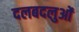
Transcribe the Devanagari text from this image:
दलबदलुओं